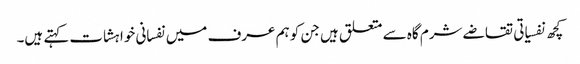
کچھ نفسیاتی تقاضے شرم گاہ سے متعلق ہیں جن کو ہم عرف میں نفسانی خواہشات کہتے ہیں۔